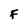
Character: F